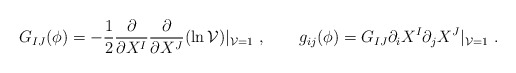
\begin{align*}G_{IJ}(\phi) = -{1\over 2}{\partial\over \partial X^I} {\partial\over\partial X^J}(\ln {\cal V})|_{{\cal V} =1} \ , \qquad g_{ij}(\phi)= G_{IJ} \partial_{i}X^I\partial_{j}X^J|_{{\cal V} =1} \ .\end{align*}